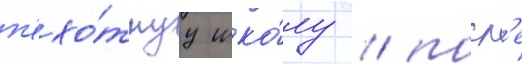
п'ехо́тнуу шко́лу / посл'е